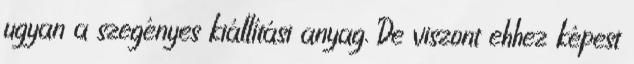
ugyan a szegényes kiállítási anyag. De viszont ehhez képest